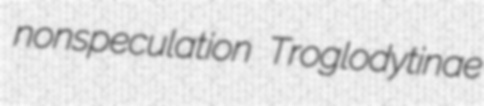
nonspeculation Troglodytinae